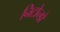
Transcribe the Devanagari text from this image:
निटोन्डो